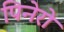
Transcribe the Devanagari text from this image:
पिनेरो